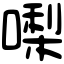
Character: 𠼝